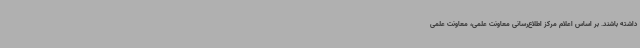
داشته باشند. بر اساس اعلام مرکز اطلاع‌رسانی معاونت علمی، معاونت علمی